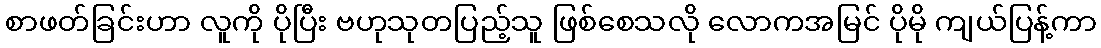
စာဖတ်ခြင်းဟာ လူကို ပိုပြီး ဗဟုသုတပြည့်သူ ဖြစ်စေသလို လောကအမြင် ပိုမို ကျယ်ပြန့်ကာ